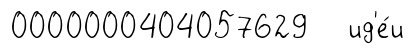
0000000404057629 ид'е́и